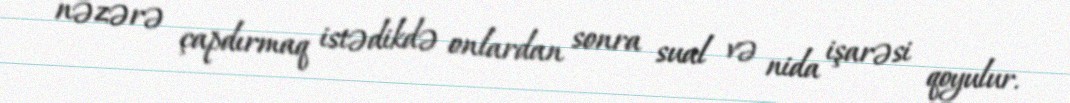
nəzərə çapdırmaq istədikdə onlardan sonra sual və nida işarəsi qoyulur.